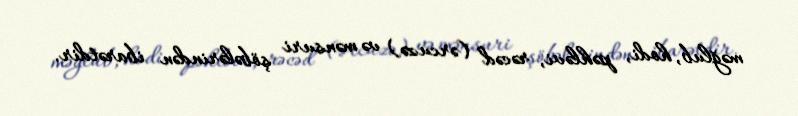
məğlub, hodi, pəhləvi, rəcəd (ərcuzə) və mənsuri şöbələrindən ibarətdir.